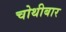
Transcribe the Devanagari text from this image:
चोथीबार